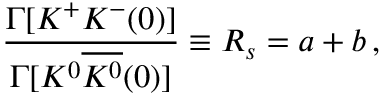
\frac { \Gamma [ K ^ { + } K ^ { - } ( 0 ) ] } { \Gamma [ K ^ { 0 } \overline { { { K ^ { 0 } } } } ( 0 ) ] } \equiv R _ { s } = a + b \, ,